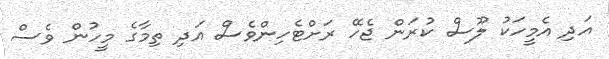
އަދި އެމީހަކު ލޫސް ކުރަން ޖެހޭ ރަށްޓެހިންވެސް އަދި ތިމާގެ މީހުން ވެސް